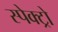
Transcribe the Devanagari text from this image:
स्पेक्ट्रो